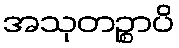
အသုတဉ္စာပိ